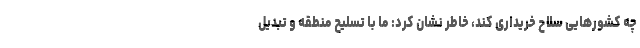
چه کشورهایی سلاح خریداری کند، خاطر نشان کرد: ما با تسلیح منطقه و تبدیل